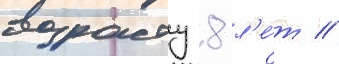
возрасту 8 л'е́т //